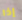
إذا